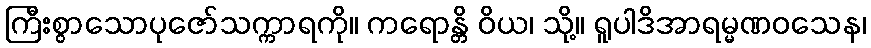
ကြီးစွာသောပုဇော်သက္ကာရကို။ ကရောန္တိ ဝိယ၊ သို့။ ရူပါဒိအာရမ္မဏဝသေန၊